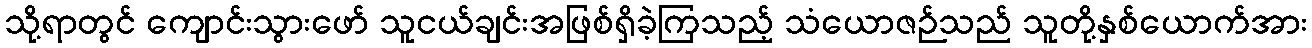
သို့ရာတွင် ကျောင်းသွားဖော် သူငယ်ချင်းအဖြစ်ရှိခဲ့ကြသည့် သံယောဇဉ်သည် သူတို့နှစ်ယောက်အား